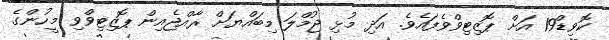
ކޮވިޑް19 އަށް ޕޮޒިޓިވްވެފައެވެ. އަދި މުޅި ޖުމްލަ މިބައްޔަށް ރާއްޖެއިން ޕޮޒިޓިވްވި މީހުންގެ